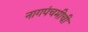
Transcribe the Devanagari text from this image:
नागपंचमीची